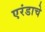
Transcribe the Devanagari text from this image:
एरंडाचे